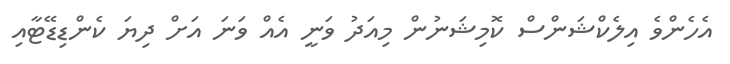
އެހެންވެ އިލެކްޝަންސް ކޮމިޝަނުން މިއަދު ވަނީ އެއް ވަނަ އަށް ދިޔަ ކެންޑިޑޭޓާއި